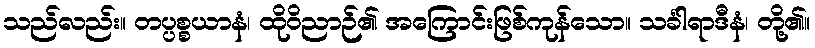
သည်လည်း။ တပ္ပစ္စယာနံ၊ ထိုဝိညာဉ်၏ အကြောင်းဖြစ်ကုန်သော။ သင်္ခါရာဒီနံ၊ တို့၏။